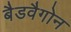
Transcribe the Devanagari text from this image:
बैडवैगोन